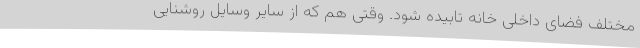
مختلف فضای داخلی خانه تابیده شود. وقتی هم که از سایر وسایل روشنایی